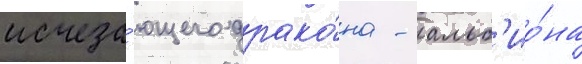
исчеза́ющего драко́на - альб'ио́на